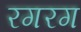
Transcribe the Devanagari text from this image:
रगरग